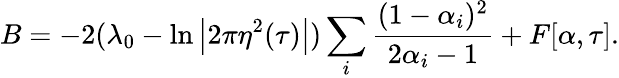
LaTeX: B=-2(\lambda_{0}-\ln\left|2\pi\eta^{2}(\tau)\right|)\sum_{i}\frac{(1-\alpha_{i})^{2}}{2\alpha_{i}-1}+F[\alpha,\tau].